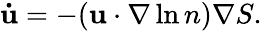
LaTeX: \mathbf{\dot{u}}=-(\mathbf{u}\cdot\nabla\ln n)\nabla S.